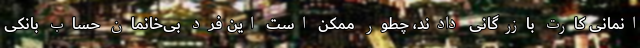
انمانی کارت بازرگانی دادند، چطور ممکن است این فرد بی‌خانمان حساب بانکی